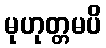
မုဟုတ္တမပိ